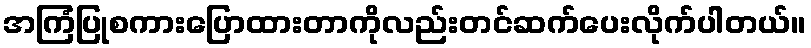
အကြံပြုစကားပြောထားတာကိုလည်းတင်ဆက်ပေးလိုက်ပါတယ်။